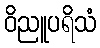
ဝိညူပရိသံ